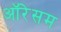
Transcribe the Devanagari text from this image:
ऑरेसम